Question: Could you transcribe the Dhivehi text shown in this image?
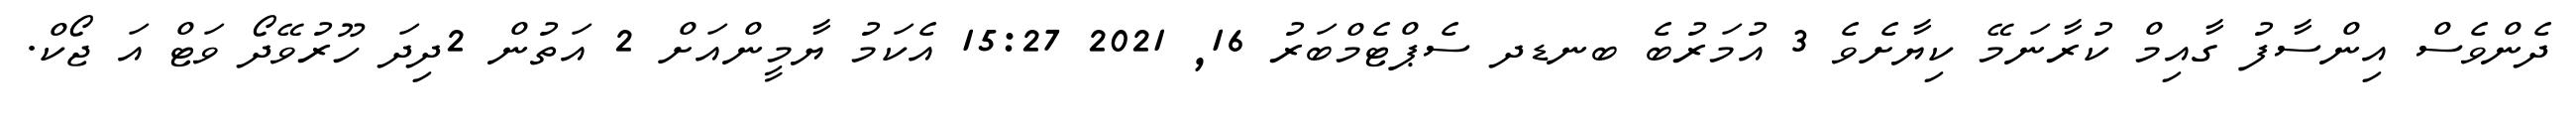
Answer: ދެންވެސް އިންސާފު ގާއިމް ކުރާނަމޭ ކިޔާށެވެ 3 އުމަރުބެ ބނޑދ ސެޕްޓެމްބަރު 16, 2021 15:27 އެކަމު ޔާމީންއަށް 2 އަތުން 2ދިދަ ހޫރުވޭދޯ ވަޓް އަ ޖޯކް.